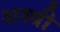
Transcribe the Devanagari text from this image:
शस्त्री